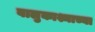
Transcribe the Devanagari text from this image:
वालुकाश्माच्या